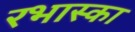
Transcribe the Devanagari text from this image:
रभास्‍का